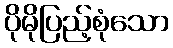
ပိုမိုပြည့်စုံသော